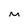
Character: M